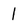
Character: 1